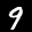
Label: 9